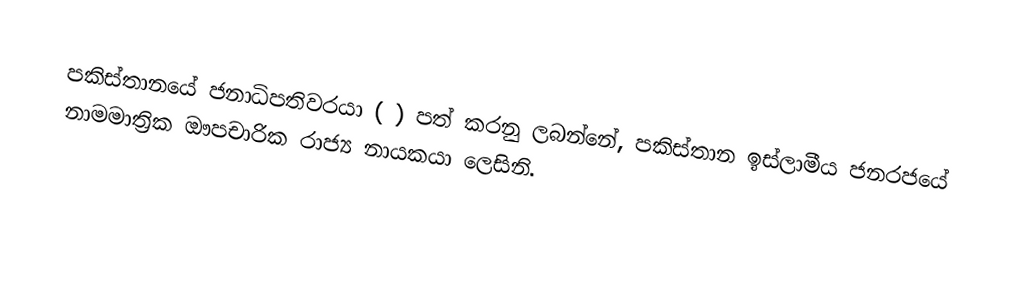
පකිස්තානයේ ජනාධිපතිවරයා ( ) පත් කරනු ලබන්නේ,  පකිස්තාන ඉස්ලාමීය ජනරජයේ නාමමාත්‍රික ඖපචාරික රාජ්‍ය නායකයා ලෙසිනි.